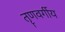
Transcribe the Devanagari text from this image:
तॄणवर्गीय